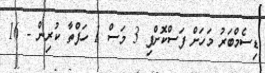
ޑިސެމްބަރު މަހަށް ފަސްކޮށްފި 3 މަސް 1 ހަފްތާ ކުރިން - 16